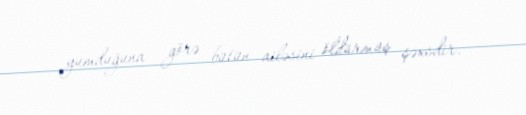
yumduğuna görə bütün ailəsini öldürmüş şəxsdir.